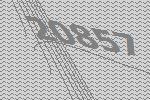
20857